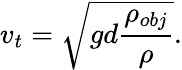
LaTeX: v_{t}={\sqrt{gd{\frac{\rho_{obj}}{\rho}}}}.